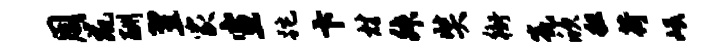
周鼠酬翌家宣跎卞材舛奘衙瓮欣粗荷岷